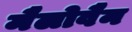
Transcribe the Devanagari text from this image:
मैलोवैन